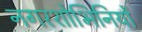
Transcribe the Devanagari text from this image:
नगरशोभिनियों